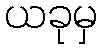
ယခုမှ